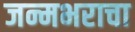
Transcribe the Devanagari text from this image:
जन्मभराचा